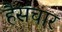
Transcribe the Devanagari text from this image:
हैसंचार